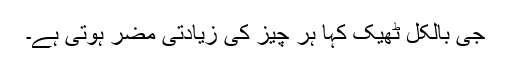
جی بالکل ٹھیک کہا ہر چیز کی زیادتی مضر ہوتی ہے۔